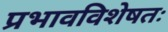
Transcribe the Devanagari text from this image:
प्रभावविशेषतः